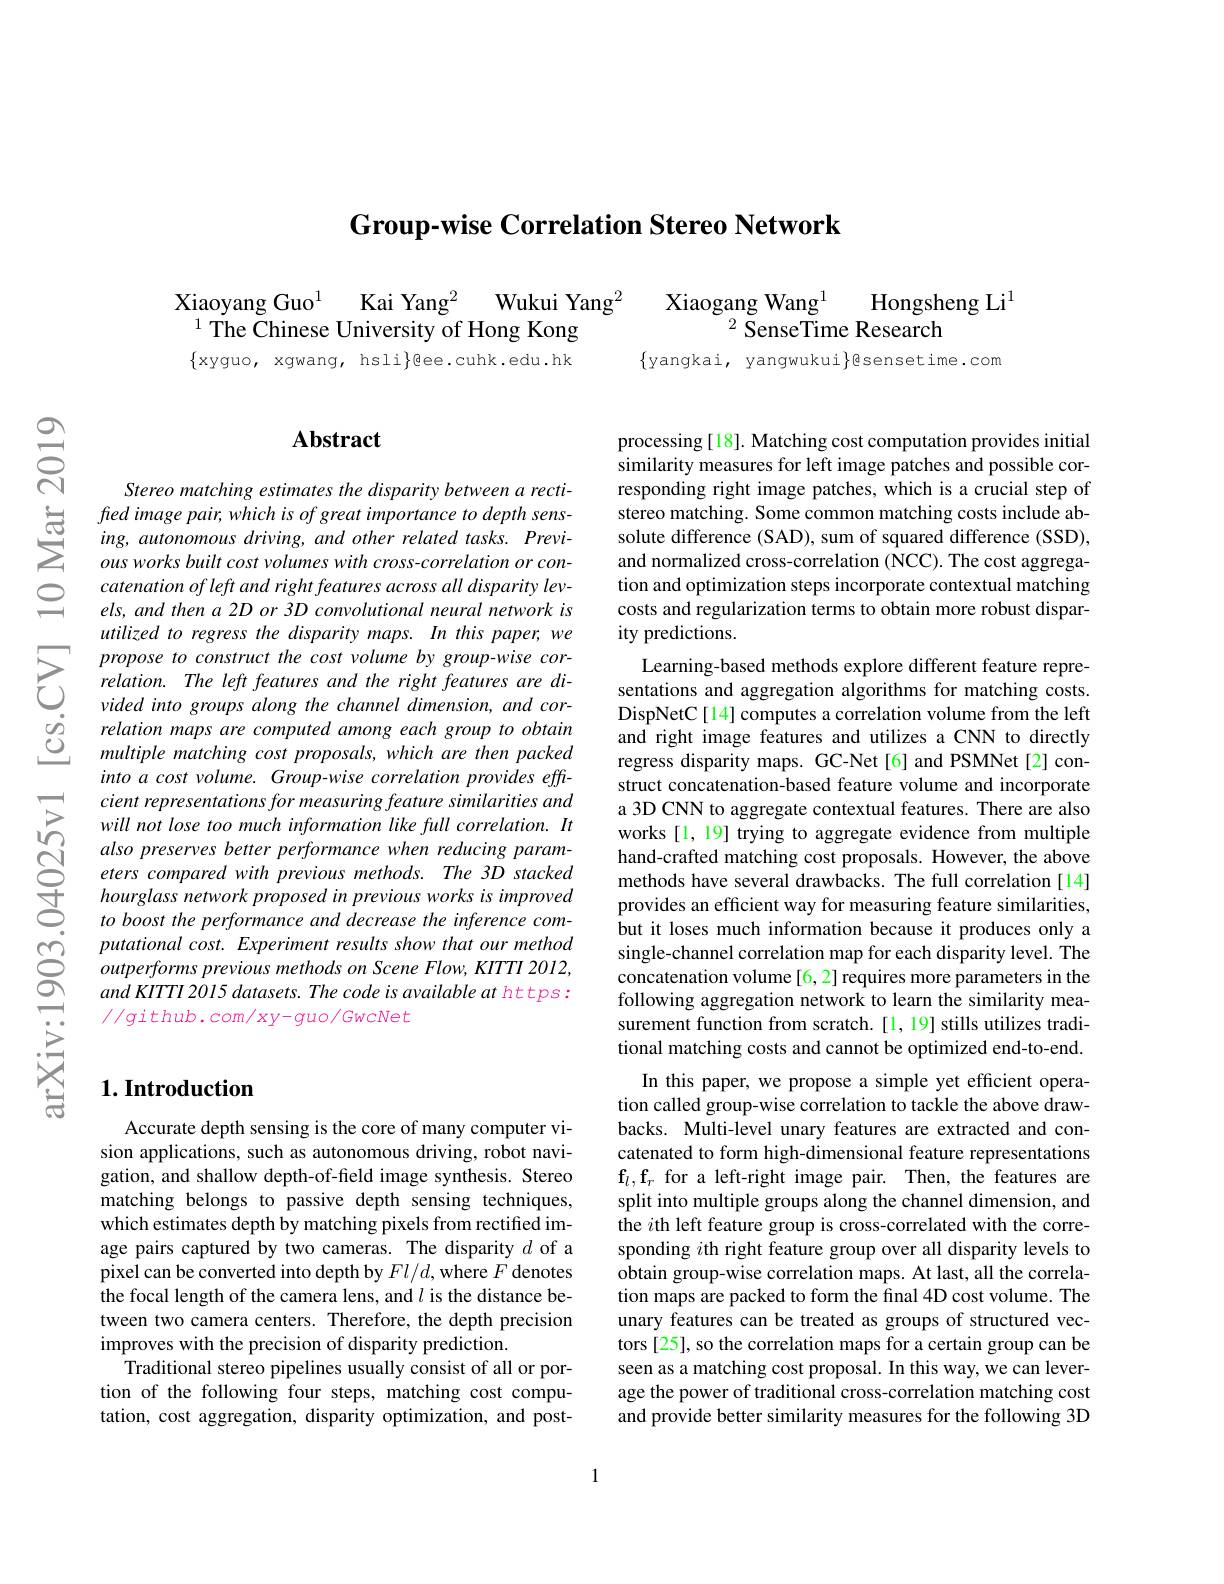
Group-wise Correlation Stereo Network

Xiaogang Wang$^{1}$
Hongsheng Li$^{1}$
$^{2}{\mathrm{~SenseTime~Research}}$

Xiaoyang Guo$^{1}$
Kai Yang$^{2}$ Wukui Yang$^{2}$
$^{1}$ The Chinese University of Hong Kong $\{$xyguo, xgwang, hsli$\}$ee.cuhk.edu.hk
$\{$yangkai, yangwukui$\}$esensetime.com

## $\mathbf{Abstract}$

Stereo matching estimates the disparity between a rectifred image pair, which is of great importance to depth sensing, autonomous driving, and other related tasks. Previous works built cost volumes with cross-correlation or concatenation of left and right features across all disparity levels, and then a 2D or 3D convolutional neural network is utilized to regress the disparity maps. In this paper, we propose to construct the cost volume by group-wise correlation. The left features and the right features are divided into groups along the channel dimension, and correlation maps are computed among each group to obtain multiple matching cost proposals, which are then packed into a cost volume. Group-wise correlation provides effcient representations for measuring feature similarities and will not lose too much information like full correlation. It also preserves better performance when reducing parameters compared with previous methods. The 3D stacked hourglass network proposed in previous works is improved to boost the performance and decrease the inference com- $putationalcost.Experimentresultsshowthatourmethod$ outperforms previous methods on Scene Flow, KITTI 2012, and KITTI 2015 datasets. The code is available at ht tps: $//github.com/xy-guo/GwcNet$

processing [18]. Matching cost computation provides initial similarity measures for left image patches and possible corresponding right image patches, which is a crucial step of stereo matching. Some common matching costs include absolute difference (SAD), sum of squared difference (SSD), and normalized cross-correlation ($\hat{\mathrm{NCC}}).$ The cost aggregation and optimization steps incorporate contextual matching costs and regularization terms to obtain more robust disparity predictions.
Learning-based methods explore different feature representations and aggregation algorithms for matching costs. DispNetC[14] computes a correlation volume from the left and right image features and utilizes a CNN to directly regress disparity maps. GC-Net[6] and PSMNet[2] construct concatenation-based feature volume and incorporate a 3D CNN to aggregate contextual features. There are also works [1, 19] trying to aggregate evidence from multiple hand-crafted matching cost proposals. However, the above methods have several drawbacks. The full correlation [14] provides an efficient way for measuring feature similarities, but it loses much information because it produces only a single-channel correlation map for each disparity level. The concatenation volume[6,2] requires more parameters in the following aggregation network to learn the similarity measurement function from scratch.[1,19] stills utilizes traditional matching costs and cannot be optimized end-to-end.
In this paper, we propose a simple yet efficient operation called group-wise correlation to tackle the above drawbacks. Multi-level unary features are extracted and concatenated to form high-dimensional feature representations $\mathbf{f}_l,\mathbf{f}_r$ for a left-right image pair. Then, the features are split into multiple groups along the channel dimension, and the $i$th left feature group is cross-correlated with the corresponding $i$th right feature group over all disparity levels to obtain group-wise correlation maps. At last, all the correlation maps are packed to form the final 4D cost volume. The unary features can be treated as groups of structured vectors[25], so the correlation maps for a certain group can be seen as a matching cost proposal. In this way, we can leverage the power of traditional cross-correlation matching cost and provide better similarity measures for the following 3D

## $1. \textbf{Introduction}$

Accurate depth sensing is the core of many computer vision applications, such as autonomous driving, robot navigation, and shallow depth-of-field image synthesis. Stereo matching belongs to passive depth sensing techniques, which estimates depth by matching pixels from rectified image pairs captured by two cameras. The disparity $d$ of a pixel can be converted into depth by $Fl/d$,where $F$ denotes the focal length of the camera lens, and $l$ is the distance between two camera centers. Therefore, the depth precision improves with the precision of disparity prediction.
Traditional stereo pipelines usually consist of all or portion of the following four steps, matching cost computation, cost aggregation, disparity optimization, and post-

1